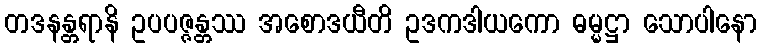
တဒနန္တရာနိ ဥပပဇ္ဇန္တဿ အစောဒယီတိ ဥဒကဒါယကော ဓမ္မဋ္ဌာ သောပါနော